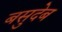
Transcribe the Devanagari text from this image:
बसुदेब